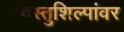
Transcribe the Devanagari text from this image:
वास्तुशिल्पांवर